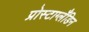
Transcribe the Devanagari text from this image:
प्रोस्टाग्लँडिन